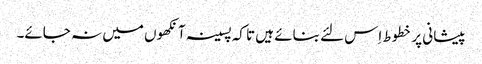
پیشانی پر خطوط اِس لئے بنائے ہیں تا کہ پسینہ آنکھوں میں نہ جائے۔